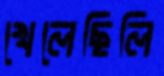
খেলেছিলি